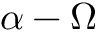
\alpha - \Omega